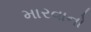
મારવાનો